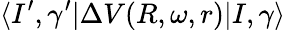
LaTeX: \langle I^{\prime},\gamma^{\prime}|\Delta V(R,\omega,r)|I,\gamma\rangle